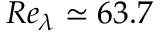
R e _ { \lambda } \simeq 6 3 . 7